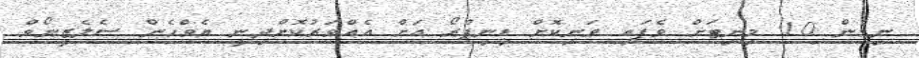
ނިމެން 10 މިނިޓަށް ވެފައި ވަނިކޮށް ޑިިނިޕްރޯ އަށް އެއްވަރުކޮށްދިނީ ޔެވްހެން ސެލެޒީނޯވް